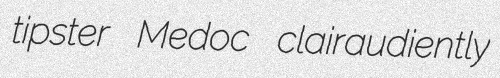
tipster Medoc clairaudiently